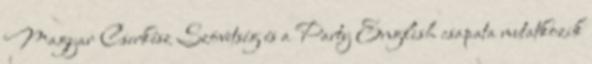
Magyar Cserkész Szövetség és a Party English csapata mutatkozik